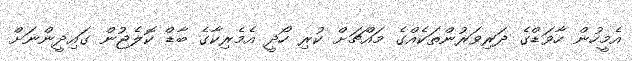
އެމީހުން ހާވަޑްގެ ދަރިވަރުންތަކެއްގެ މައްޗަށް ކުރި ހޯދީ އެމެރިކާގެ ބާޑް ކޮލެޖުން ގައިދީންނަށް